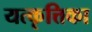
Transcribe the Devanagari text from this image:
यत्कृत्तिका